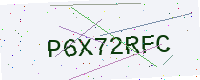
Text: P6X72RFC